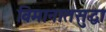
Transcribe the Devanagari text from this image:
विमानातसुद्धा